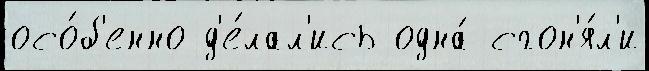
осо́б'енно д'е́лал'ись одна́ сгон'я́л'и